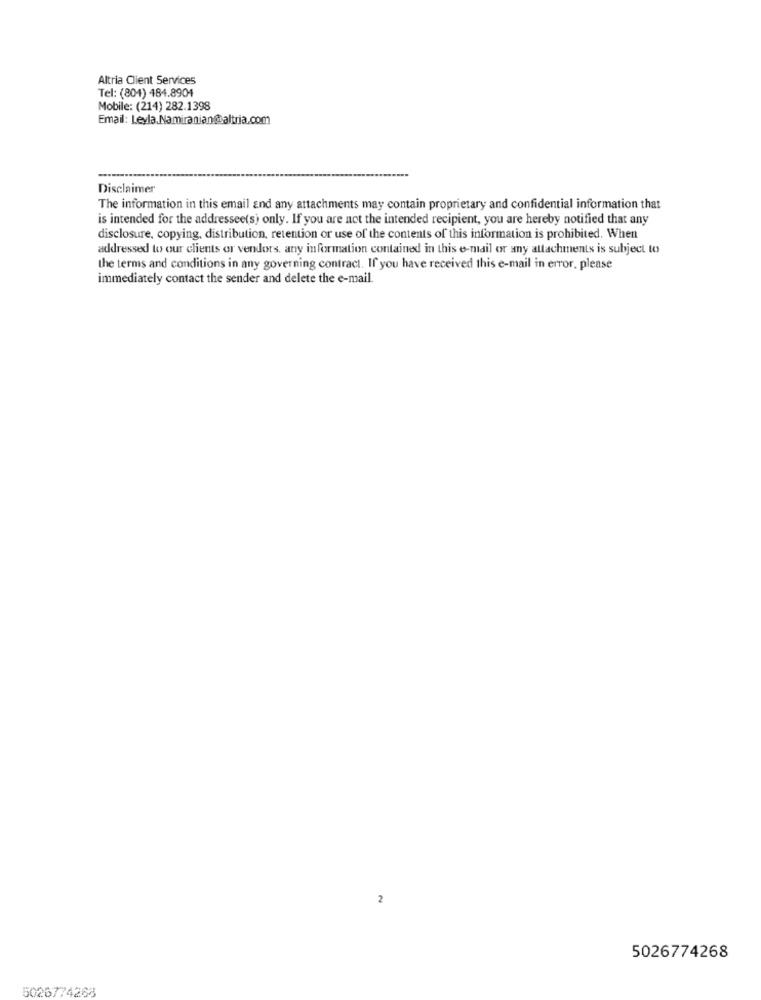
Altria Client Services
Tel: (804) 484.8904
Mobile: (214) 282.1398
Email: Leyla,Namiranian@altria.com
Disclaimer
The information in this email and any attachments may contain proprietary and confidential information that
is intended for the addressee(s) only. If you are not the intended recipient, you are hereby notified that any
disclosure, copying, distribution, retention or use of the contents of this information is prohibited. When
addressed to our clients or vendors. any information contained in this e-mail or any attachments is subject to
the terms and conditions in any governing contract. If you have received this e-mail in error, please
immediately contact the sender and delete the e-mail.
2
5026774268
5026774268